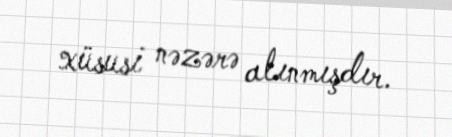
xüsusi nəzərə alınmışdır.